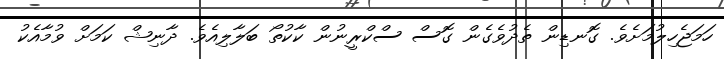
ހަމަޖެހިލުމަށެވެ. ގޮނޑިން ތެދުވެގެން ގޮސް ސްކްރީނުން ކާކުތޯ ބަލާލިއެވެ. ދާނިޝް ކަމަށް ވުމާއެކު